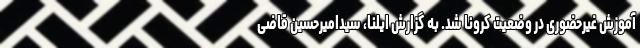
آموزش غیرحضوری در وضعیت کرونا شد. به گزارش ایلنا، سیدامیرحسین قاضی